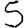
Digit: 5